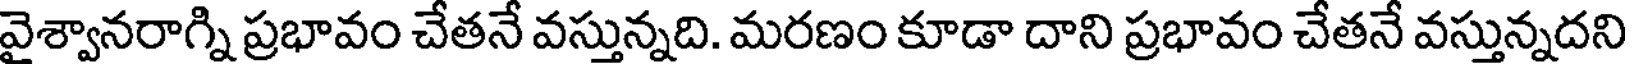
వైశ్వానరాగ్ని ప్రభావం చేతనే వస్తున్నది. మరణం కూడా దాని ప్రభావం చేతనే వస్తున్నదని